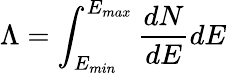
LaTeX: \Lambda=\int_{E_{min}}^{E_{max}}\frac{dN}{dE}dE